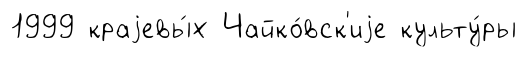
1999 краjевы́х Чайко́вск'иjе культу́ры